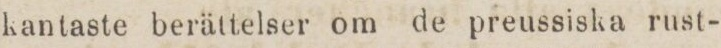
kantaste berättelser om de preussiska rust-